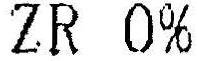
ZR 0%